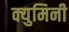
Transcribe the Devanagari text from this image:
क्युमिनी